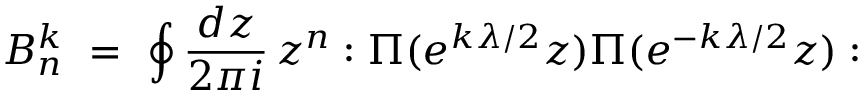
B _ { n } ^ { k } \ = \ \oint { \frac { d z } { 2 \pi i } } \, z ^ { n } : \Pi ( e ^ { k \lambda / 2 } z ) \Pi ( e ^ { - k \lambda / 2 } z ) :